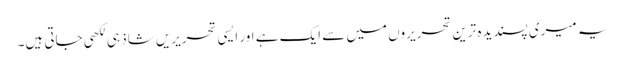
یہ میری پسندیدہ ترین تحریروں میں سے ایک ہے اور ایسی تحریریں شاذ ہی لکھی جاتی ہیں۔